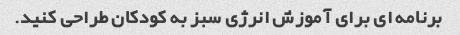
برنامه ای برای آموزش انرژی سبز به کودکان طراحی کنید.